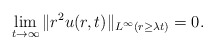
\begin{align*}\lim_{t\to\infty}\|r^2u(r,t)\|_{L^{\infty}(r\ge \lambda t)}=0.\end{align*}